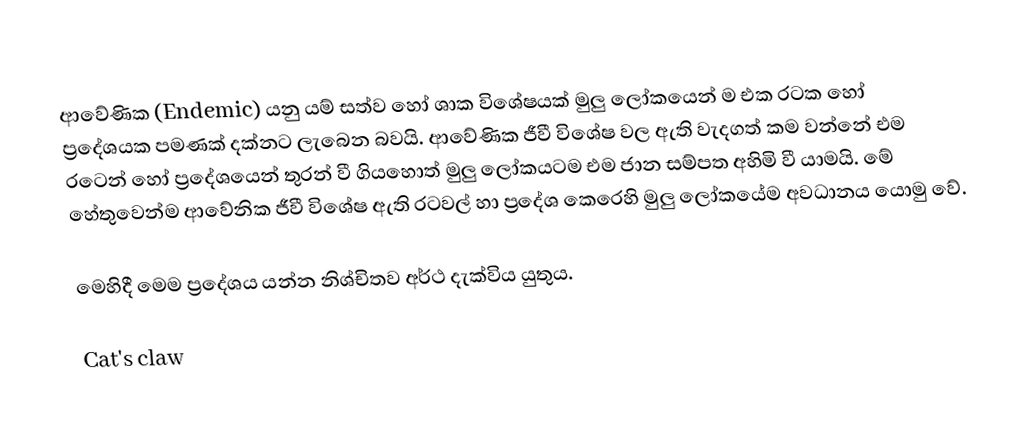
ආවේණික (Endemic) යනු යම් සත්ව හෝ ශාක විශේෂයක් මුලු ලෝකයෙන් ම එක රටක හෝ ප්‍රදේශයක පමණක් දක්නට ලැබෙන බවයි. ආවේණික ජීවී විශේෂ වල ඇති වැදගත් කම වන්නේ එම රටෙන් හෝ ප්‍රදේශයෙන් තුරන් වී ගියහොත් මුලු ලෝකයටම එම ජාන සම්පත අහිමි වී යාමයි. මේ හේතුවෙන්ම ආවේනික ජීවී විශේෂ ඇති රටවල් හා ප්‍රදේශ කෙරෙහි මුලු ලෝකයේම අවධානය යොමු වේ.

මෙහිදී මෙම ප්‍රදේශය යන්න නිශ්චිතව අර්ථ දැක්විය යුතුය.

Cat's claw